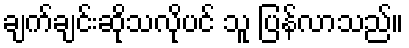
ချက်ချင်းဆိုသလိုပင် သူ ပြန်လာသည်။